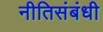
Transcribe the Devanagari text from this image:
नीतिसंबंधी